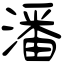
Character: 潘